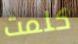
كلمت